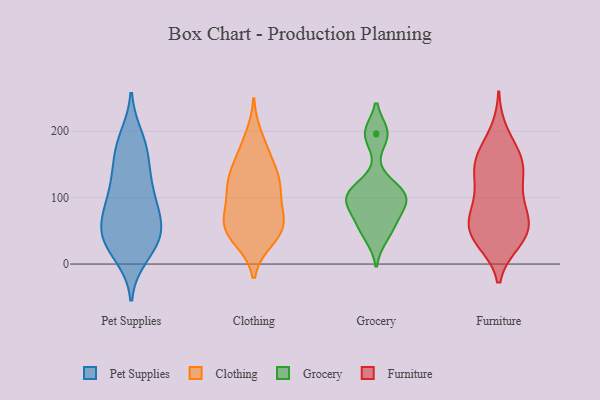
{"axis": {"x": "Latency (ms)", "y": "Value"}, "legend": ["Clothing", "Furniture", "Grocery", "Pet Supplies"], "data": [{"x": "", "y": 64, "type": "Pet Supplies"}, {"x": "", "y": 40, "type": "Pet Supplies"}, {"x": "", "y": 13, "type": "Pet Supplies"}, {"x": "", "y": 54, "type": "Pet Supplies"}, {"x": "", "y": 78, "type": "Pet Supplies"}, {"x": "", "y": 176, "type": "Pet Supplies"}, {"x": "", "y": 190, "type": "Pet Supplies"}, {"x": "", "y": 100, "type": "Pet Supplies"}, {"x": "", "y": 45, "type": "Pet Supplies"}, {"x": "", "y": 22, "type": "Pet Supplies"}, {"x": "", "y": 80, "type": "Pet Supplies"}, {"x": "", "y": 179, "type": "Pet Supplies"}, {"x": "", "y": 113, "type": "Pet Supplies"}, {"x": "", "y": 34, "type": "Pet Supplies"}, {"x": "", "y": 144, "type": "Pet Supplies"}, {"x": "", "y": 109, "type": "Pet Supplies"}, {"x": "", "y": 42, "type": "Pet Supplies"}, {"x": "", "y": 147, "type": "Pet Supplies"}, {"x": "", "y": 55, "type": "Clothing"}, {"x": "", "y": 37, "type": "Clothing"}, {"x": "", "y": 192, "type": "Clothing"}, {"x": "", "y": 166, "type": "Clothing"}, {"x": "", "y": 91, "type": "Clothing"}, {"x": "", "y": 67, "type": "Clothing"}, {"x": "", "y": 39, "type": "Clothing"}, {"x": "", "y": 122, "type": "Clothing"}, {"x": "", "y": 57, "type": "Clothing"}, {"x": "", "y": 118, "type": "Clothing"}, {"x": "", "y": 163, "type": "Clothing"}, {"x": "", "y": 52, "type": "Clothing"}, {"x": "", "y": 126, "type": "Clothing"}, {"x": "", "y": 61, "type": "Clothing"}, {"x": "", "y": 122, "type": "Clothing"}, {"x": "", "y": 85, "type": "Clothing"}, {"x": "", "y": 133, "type": "Clothing"}, {"x": "", "y": 99, "type": "Grocery"}, {"x": "", "y": 197, "type": "Grocery"}, {"x": "", "y": 101, "type": "Grocery"}, {"x": "", "y": 71, "type": "Grocery"}, {"x": "", "y": 58, "type": "Grocery"}, {"x": "", "y": 107, "type": "Grocery"}, {"x": "", "y": 195, "type": "Grocery"}, {"x": "", "y": 116, "type": "Grocery"}, {"x": "", "y": 91, "type": "Grocery"}, {"x": "", "y": 41, "type": "Grocery"}, {"x": "", "y": 80, "type": "Furniture"}, {"x": "", "y": 160, "type": "Furniture"}, {"x": "", "y": 35, "type": "Furniture"}, {"x": "", "y": 86, "type": "Furniture"}, {"x": "", "y": 49, "type": "Furniture"}, {"x": "", "y": 198, "type": "Furniture"}, {"x": "", "y": 51, "type": "Furniture"}, {"x": "", "y": 153, "type": "Furniture"}, {"x": "", "y": 133, "type": "Furniture"}, {"x": "", "y": 142, "type": "Furniture"}, {"x": "", "y": 55, "type": "Furniture"}, {"x": "", "y": 34, "type": "Furniture"}, {"x": "", "y": 168, "type": "Furniture"}, {"x": "", "y": 59, "type": "Furniture"}, {"x": "", "y": 104, "type": "Furniture"}, {"x": "", "y": 124, "type": "Furniture"}, {"x": "", "y": 79, "type": "Furniture"}, {"x": "", "y": 157, "type": "Furniture"}, {"x": "", "y": 38, "type": "Furniture"}]}